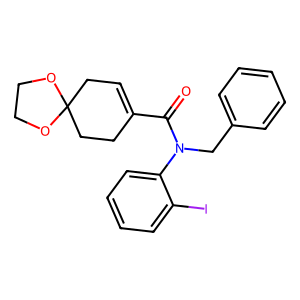
SMILES: O=C(C1=CCC2(CC1)OCCO2)N(Cc1ccccc1)c1ccccc1I
Inhibits HIV replication: No